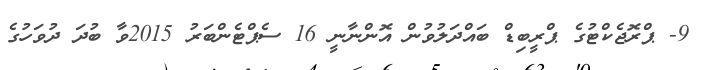
9- ޕްރޮޖެކްޓުގެ ޕްރީބިޑް ބައްދަލުވުން އޮންނާނީ 16 ސެޕްޓެންބަރު 2015ވާ ބުދަ ދުވަހުގެ